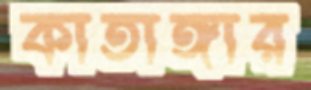
কাতাঙ্গার